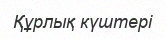
Құрлық күштері